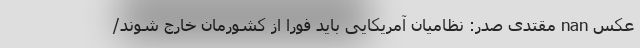
عکس nan مقتدی صدر: نظامیان آمریکایی باید فورا از کشورمان خارج شوند/